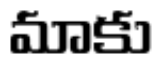
మాకు